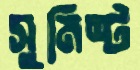
সুমিষ্ট